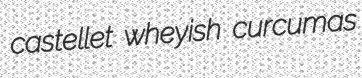
castellet wheyish curcumas